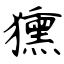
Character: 獯